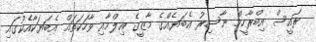
ރައީސް އިބްރާހީމް ނާސިރު އެބަޔެއްގެ މާޒީގެ ޢިލްމާއި ވާހަކަތައް އެބަޔަކާއެކުގައި